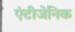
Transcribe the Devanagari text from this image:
एंटीजेनिक